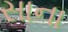
સાના